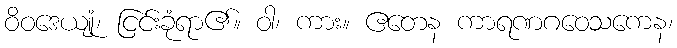
ဝိဝဒေယျုံ၊ ငြင်းခုံရာ၏။ ဝါ၊ ကား။ ဧတေန ကာရဏဂဝေသကေန၊